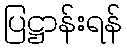
ပြဋ္ဌာန်းရန်